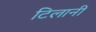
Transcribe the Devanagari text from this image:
टिलानी